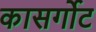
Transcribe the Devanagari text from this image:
कासर्गोट